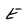
Character: E